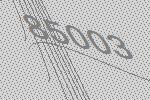
85003